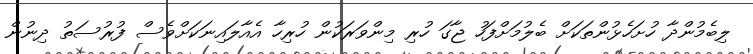
ލިބެމުންދާ ހުށަހެޅުންތަކަށް ބެލުމަށްފަހު ޖާގަ ހުރި މިންވަރަކުން ހުރިހާ އެއާލައިނަކަށްވެސް ފުރުސަތު ދިނުން